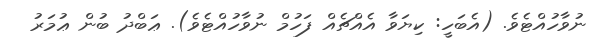
ނުވާހުއްޓެވެ. (އެބަހީ: ކިޔަވާ އެއްޗެއް ފަހުމް ނުވާހުއްޓެވެ). ޢަބްދު ބުން ޢުމަރު